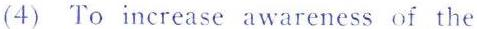
(4) To increase awareness of the